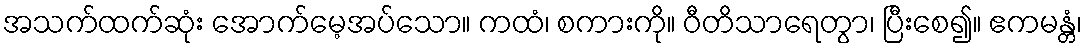
အသက်ထက်ဆုံး အောက်မေ့အပ်သော။ ကထံ၊ စကားကို။ ဝီတိသာရေတွာ၊ ပြီးစေ၍။ ဧကမန္တံ၊